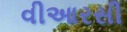
વીઆરસી